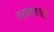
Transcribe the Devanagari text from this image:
वसन्तॠतु